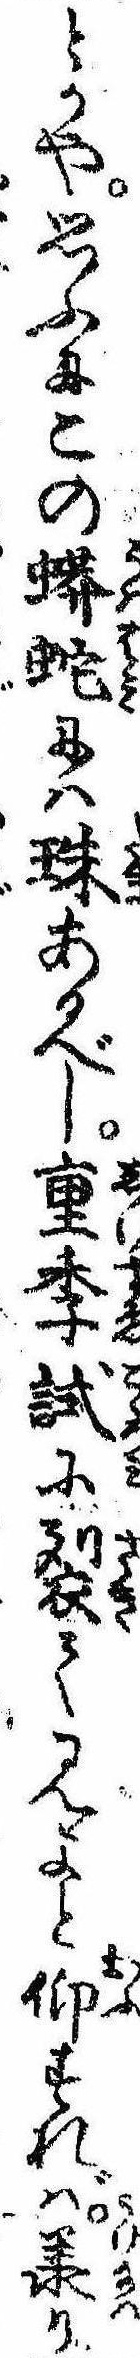
とかや思ふにこの蠎蛇には珠あるべし重季試に裂て見よと仰すれば承り